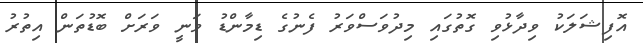
އޮފިޝަަލަކު ވިދާޅުވި ގޮތުގައި މިދުވަސްވަރު ފެނުގެ ޑިމާންޑު ވަނީ ވަރަށް ބޮޑުތަން އިތުރު